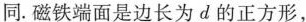
同。磁铁端面是边长为d的正方形，